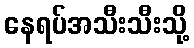
နေရပ်အသီးသီးသို့